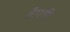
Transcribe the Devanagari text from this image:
कँपची